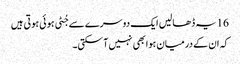
16 یہ ڈھالیں ایک دوسرے سے جُٹی ہو ئی ہو تی ہیں
کہ ان کے درمیان ہوا بھی نہیں آسکتی۔